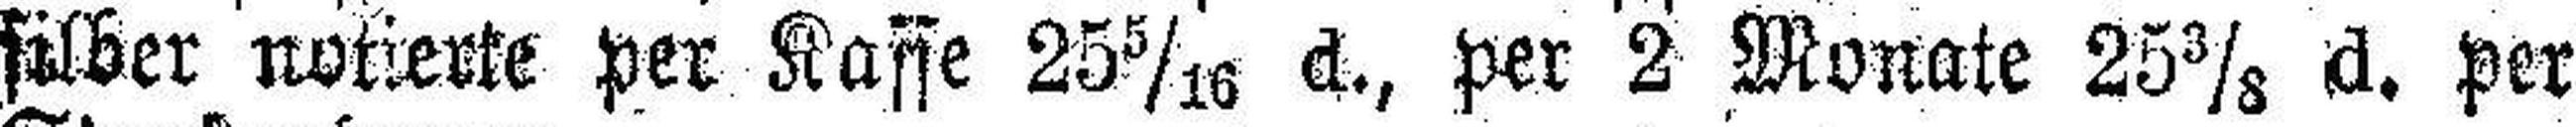
silber notierte per Kasse 25 5/16 d., per 2 Monate 25 3/8 d. per